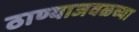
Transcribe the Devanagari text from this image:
ठाण्याजवळच्या